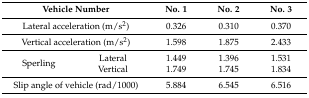
| <COLSPAN=2> Vehicle Number | No. 1 | No. 2 | No. 3 |
 | --- | --- | --- | --- | --- |
 | <COLSPAN=2> Lateral acceleration (m/s2) | 0.326 | 0.310 | 0.370 |
 | <COLSPAN=2> Vertical acceleration (m/s2) | 1.598 | 1.875 | 2.433 |
 | <ROWSPAN=2> Sperling | Lateral | 1.449 | 1.396 | 1.531 |
 | Vertical | 1.749 | 1.745 | 1.834 |
 | <COLSPAN=2> Slip angle of vehicle (rad/1000) | 5.884 | 6.545 | 6.516 |